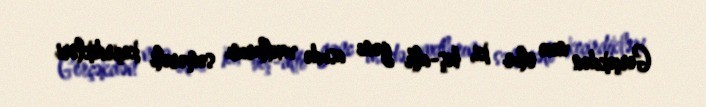
Gerçəkdən necə olur ki, beş-altı gənc asudə vaxtlarını səmərəli keçirdikləri